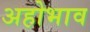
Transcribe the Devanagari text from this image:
अहोभाव